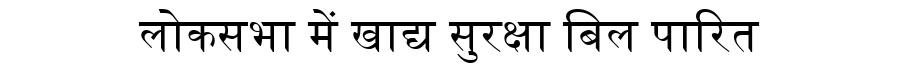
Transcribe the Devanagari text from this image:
लोकसभा में खाद्य सुरक्षा बिल पारित